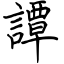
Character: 譚